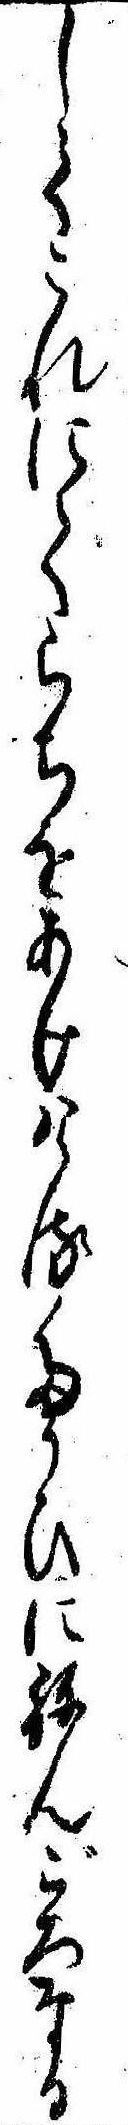
してこれにてらちをあけけるたかひにねんごろなる